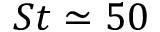
S t \simeq 5 0